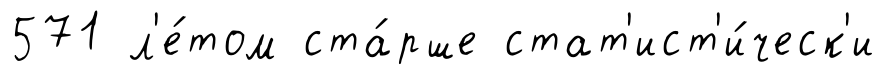
571 л'е́том ста́рше стат'ист'и́ческ'и